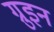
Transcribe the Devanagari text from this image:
ग्रुइन